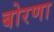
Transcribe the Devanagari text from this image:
बोरणा